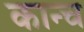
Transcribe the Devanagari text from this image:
कान्च